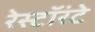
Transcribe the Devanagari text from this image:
रेस्टॉरंटे